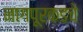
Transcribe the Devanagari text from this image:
नागपूरकडचे